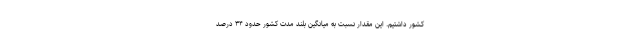
کشور داشتیم. این مقدار نسبت به میانگین بلند مدت کشور حدود ۳۴ درصد